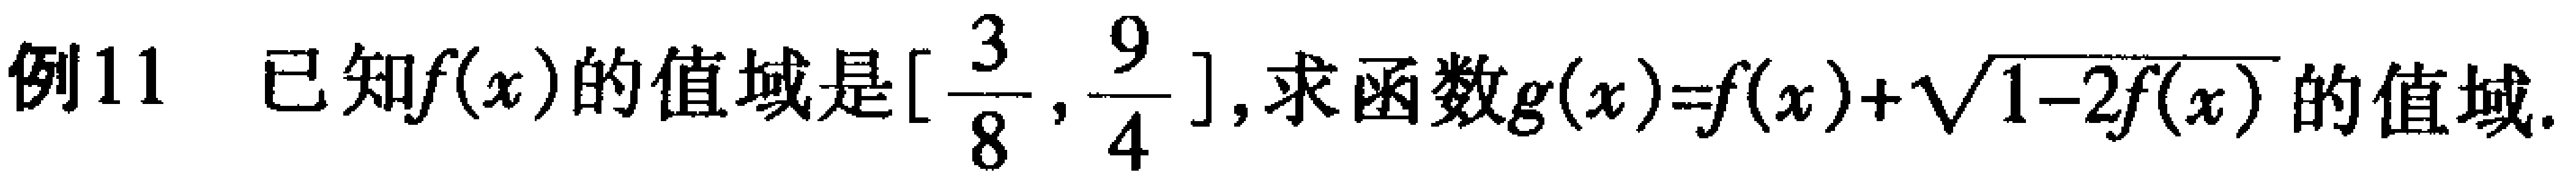
例11 已知\(f(x)\)的值域是\([\frac{3}{8}, \frac{9}{4}]\),求函数\(g(x)=f(x)+\sqrt{1 - 2f(x)}\)的值域.